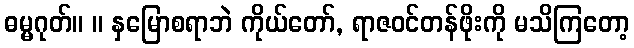
ဓမ္မဂုတ်။ ။ နှမြောစရာဘဲ ကိုယ်တော်, ရာဇဝင်တန်ဖိုးကို မသိကြတော့